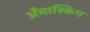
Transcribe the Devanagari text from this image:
अँमास्किग